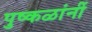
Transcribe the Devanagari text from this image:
पुष्कळांनीं